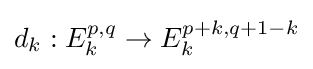
d_{k}:E_{k}^{p,q}\to E_{k}^{p+k,q+1-k}